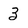
Character: 3